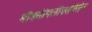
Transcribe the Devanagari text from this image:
मौक्सीफ्लौक्सासिन